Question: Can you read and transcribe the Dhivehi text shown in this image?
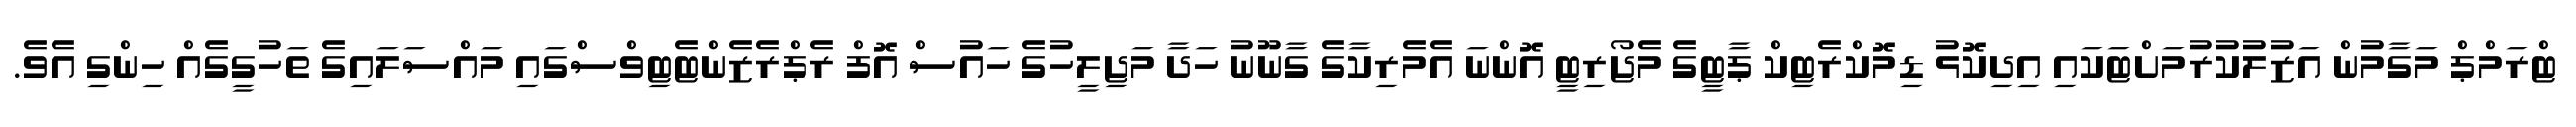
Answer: ޓްރަމްޕް މަގާމުން އަޒުލުކުރުމަށްޓަކައި އިދިކޮޅު ޑިމޮކްރެޓިކް ޕާޓީގެ މެޖޯރިޓީ އޮންނަ އެމެރިކާގެ ގާނޫނު ހަދާ މަޖިލީހުގެ ހައުސް އޮފް ރެޕްރެޒެންޓެޓިވްސްގައި މައްސަލައިގެ ތަހުގީގެއް ހިންގި އެވެ.